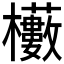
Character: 𭬼